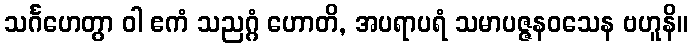
သင်္ဂဟေတွာ ဝါ ဧကံ သညဂ္ဂံ ဟောတိ, အပရာပရံ သမာပဇ္ဇနဝသေန ဗဟူနိ။